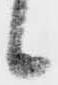
候